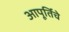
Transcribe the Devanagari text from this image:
आपूर्तिचे